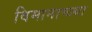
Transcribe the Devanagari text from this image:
विमानाच्ज्या